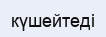
күшейтеді